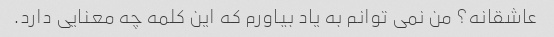
عاشقانه؟ من نمی توانم به یاد بیاورم که این کلمه چه معنایی دارد.